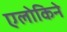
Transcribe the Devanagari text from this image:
एलोकिने